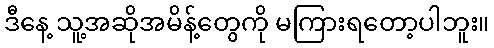
ဒီနေ့ သူ့အဆိုအမိန့်တွေကို မကြားရတော့ပါဘူး။